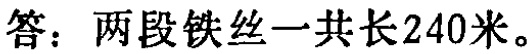
答：两段铁丝一共长240米。